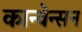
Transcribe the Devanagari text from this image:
कान्वेन्सन